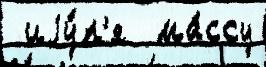
 иjу́л'я  ма́ссу